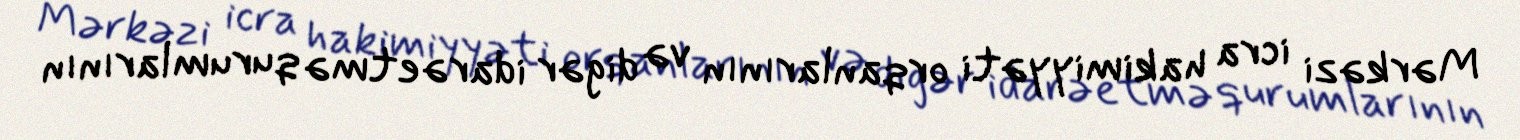
Mərkəzi icra hakimiyyəti orqanlarının və digər idarəetmə qurumlarının